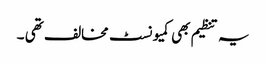
یہ تنظیم بھی کمیونسٹ مخالف تھی ۔